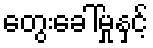
တွေးခေါ်မှုနှင့်